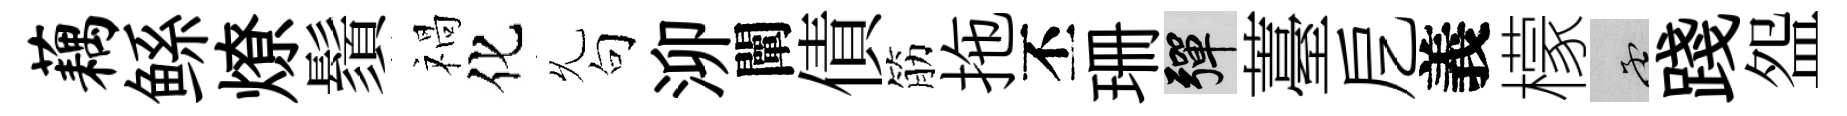
藕鲧燎鬚禍化𠃔句泖闡債筋拖丕珊彈薹戹義檬孟踐盌